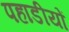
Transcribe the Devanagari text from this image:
पहाडीयों